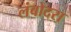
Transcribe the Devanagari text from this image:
लंबोदरा